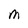
Character: M